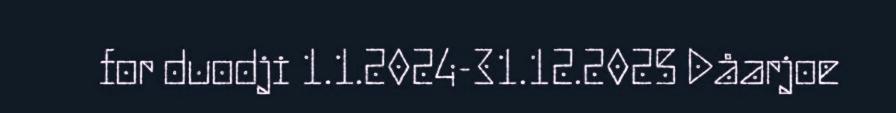
for duodji 1.1.2024-31.12.2025 Dåarjoe